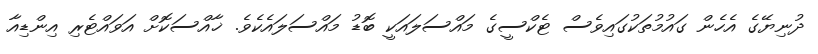
ދުނިޔޭގެ އެހެން ގައުމުތަކުގައިވެސް ޓެކްސީގެ މައްސަލައަކީ ބޮޑު މައްސަލައެކެވެ. ޚާއްސަކޮށް އަވައްޓެރި އިންޑިއާ